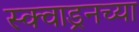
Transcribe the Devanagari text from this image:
स्क्वाड्रनच्या